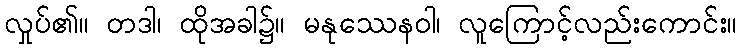
လှုပ်၏။ တဒါ၊ ထိုအခါ၌။ မနုဿေနဝါ၊ လူကြောင့်လည်းကောင်း။